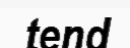
tend